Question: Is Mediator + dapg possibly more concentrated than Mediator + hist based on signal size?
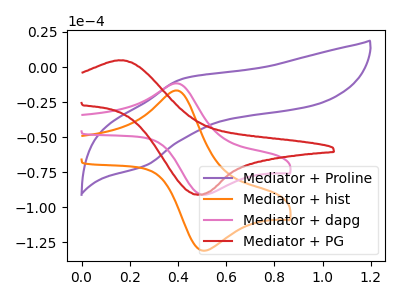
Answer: <think>The purple curve "Mediator + Proline" has an anodic peak at (0.40V, -8.50uA) and a cathodic peak at (0.25V, -70.10uA). The orange curve "Mediator + hist" has an anodic peak at (0.40V, -16.80uA) and a cathodic peak at (0.50V, -131.00uA). The pink curve "Mediator + dapg" has an anodic peak at (0.40V, -11.65uA) and a cathodic peak at (0.50V, -91.10uA). The red curve "Mediator + PG" has an anodic peak at (0.15V, 4.70uA) and a cathodic peak at (0.50V, -90.95uA).
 All the peaks in "Mediator + dapg" have a peak in "Mediator + hist" at the same potential.</think>
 <answer>I cant tell if "Mediator + dapg" or "Mediator + hist" has more signal.</answer>
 <eval>mixed_signal</eval>